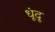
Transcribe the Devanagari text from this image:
धूंदू